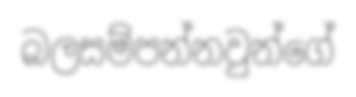
බලසම්පන්නවුන්ගේ